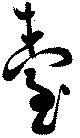
臺